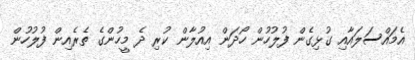
އެމައްސަލައާއި ގުޅިގެން ފުލުހުން ހޯދަން އިއުލާން ކުރި ދެ މީހުންގެ ތެރެއިން ފުލުހުން